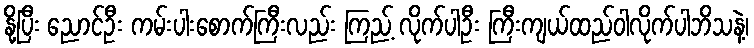
နို့ပြီး ညောင်ဦး ကမ်းပါးစောက်ကြီးလည်း ကြည့် လိုက်ပါဦး ကြီးကျယ်ထည်ဝါလိုက်ပါဘိသနဲ့၊